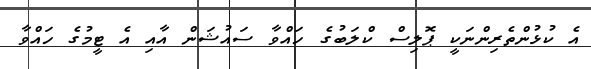
އެ ކުޅުންތެރިންނަކީ ޕޮލިސް ކްލަބުގެ ހައްވާ ސައުޝަން އާއި އެ ޓީމުގެ ހައްވާ